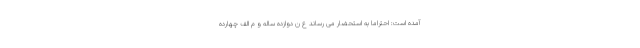
آمده است: احتراماً به استحضار می رساند ع ن دوازده ساله و م الف چهارده